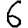
Digit: 6